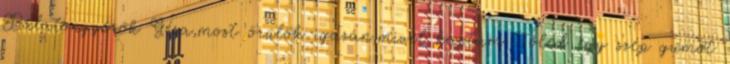
Balatongyörök Géza,most örülök igazán,mivel kaptam Tőled egy szép gumót